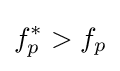
f_{p}^{*}>f_{p}